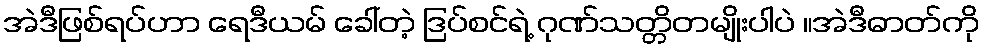
အဲဒီဖြစ်ရပ်ဟာ ရေဒီယမ် ခေါ်တဲ့ ဒြပ်စင်ရဲ့ ဂုဏ်သတ္တိတမျိုးပါပဲ ။အဲဒီဓာတ်ကို